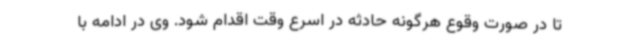
تا در صورت وقوع هرگونه حادثه در اسرع وقت اقدام شود. وی در ادامه با